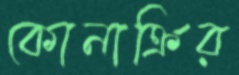
কোনাক্রির